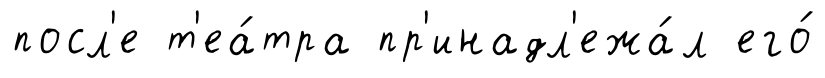
посл'е т'еа́тра пр'инадл'ежа́л его́